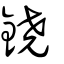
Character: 鐃